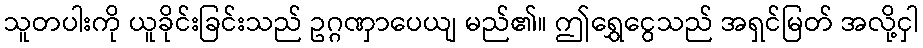
သူတပါးကို ယူခိုင်းခြင်းသည် ဥဂ္ဂဏှာပေယျ မည်၏။ ဤရွှေငွေသည် အရှင်မြတ် အလို့ငှါ